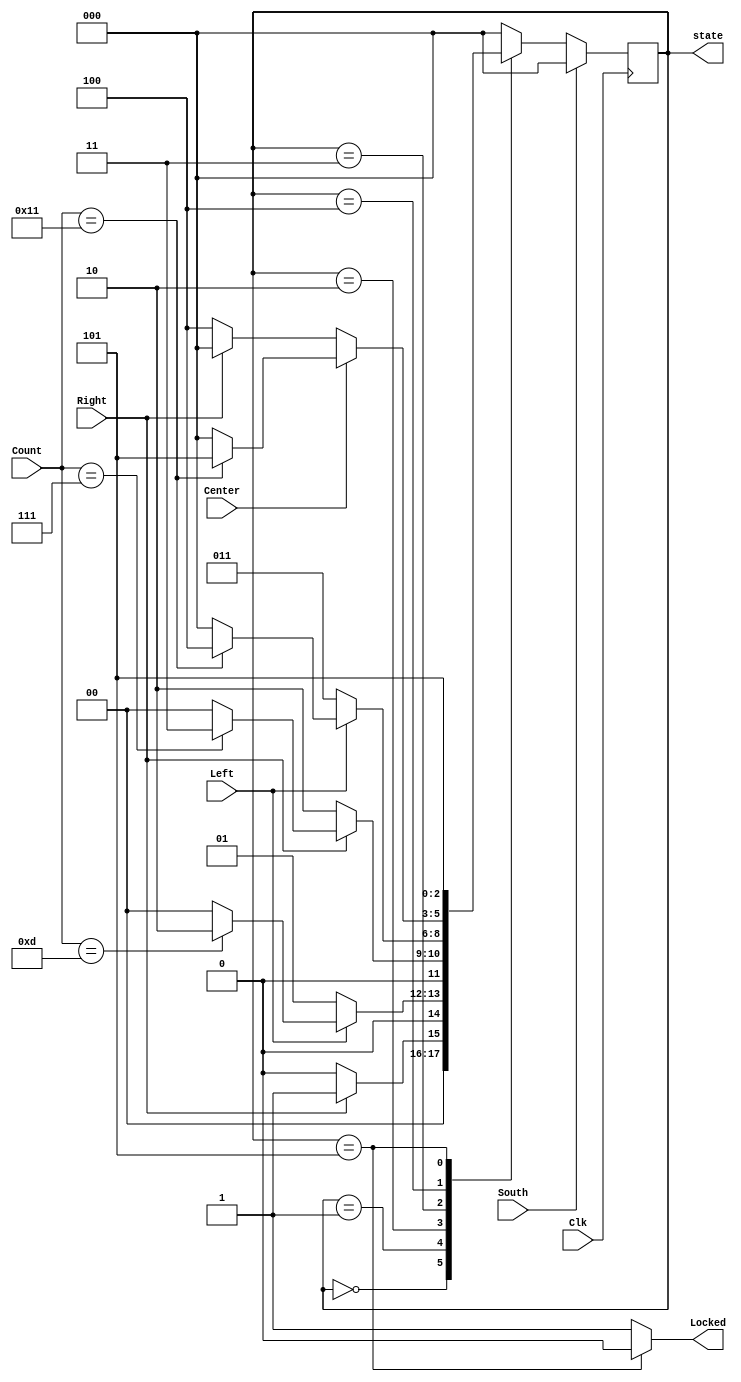
`timescale 1ns / 1ps

module combination_lock_fsm(output reg [2:0] state,
  output wire Locked, // asserted when locked
  input wire Right, Left, // indicate direction
  input wire [4:0] Count, // indicate position
  input wire Center, // the unlock button
  input wire Clk, South // clock and reset
  );
  // Parameters for 5 cases
  parameter S0 = 3'b000,
            S1 = 3'b001,
            S2 = 3'b010,
            S3 = 3'b011,
            S4 = 3'b100,
            S5 = 3'b101;

  reg [2:0] nextState;

  always @ ( * ) begin
    case (state)
      S0: begin
        if (Right)
            nextState = S1;
        else
            nextState = S0;
        end
      S1: begin
        if (Left)
        // If digit is 13
            if(Count == 5'b01101)
            	nextState = S2;
            else
            	nextState = S0;
        else
            nextState = S1;
        end
      S2: begin
        if (Right)
        // If digit 7
            if (Count == 5'b00111)
                nextState = S3;
            else
                nextState = S0;
        else
            nextState = S2;
        end
      S3: begin
        if (Left)
        // If digit is 17
            if (Count == 5'b10001)
                nextState = S4;
            else
                nextState = S0;
        else
            nextState = S3;
        end
      S4: begin
        if (Center)
        // If digit is 17
            if (Count == 5'b10001)
                nextState = S5;
            else
                nextState = S0;
            else if (Right)
                nextState = S0;
        else
            nextState = S4;
        end
      S5: begin
        nextState = S5;
        end

    default: begin
        nextState = S0;
    end
    endcase
  end

    assign Locked = (state == S5) ? 0:1;

    always@ (posedge Clk)
        if (South)
            state <= S0;
        else
            state <= nextState;
endmodule // combination_lock_fsm